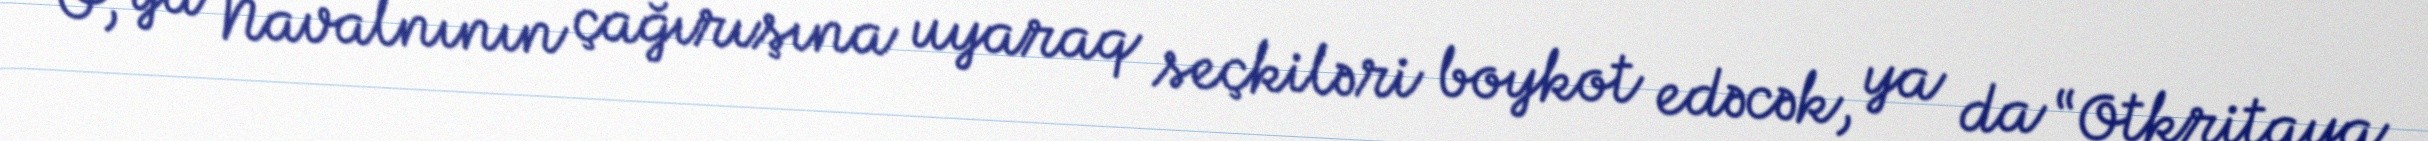
O, ya Navalnının çağırışına uyaraq seçkiləri boykot edəcək, ya da “Otkritaya